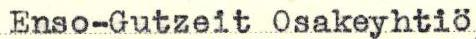
Enso-Gutzeit Osakeyhtiö